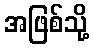
အဖြစ်သို့